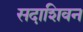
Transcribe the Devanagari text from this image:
सदाशिवन